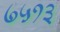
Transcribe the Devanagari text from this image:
७५१३